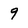
Character: 9